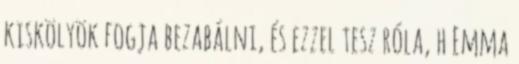
kiskölyök fogja bezabálni, és ezzel tesz róla, h Emma